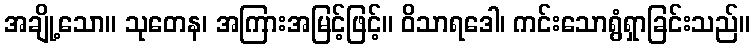
အချို့သော။ သုတေန၊ အကြားအမြင့်ဖြင့်။ ဝိသာရဒေါ၊ ကင်းသောရွံရှာခြင်းသည်။